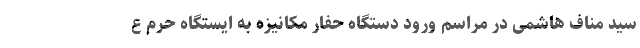
سید مناف هاشمی در مراسم ورود دستگاه حفار مکانیزه به ایستگاه حرم ع